Civil Veterinary Department. Central Provinces & Berar 1925-31 - 1925-1931
Year: 1925
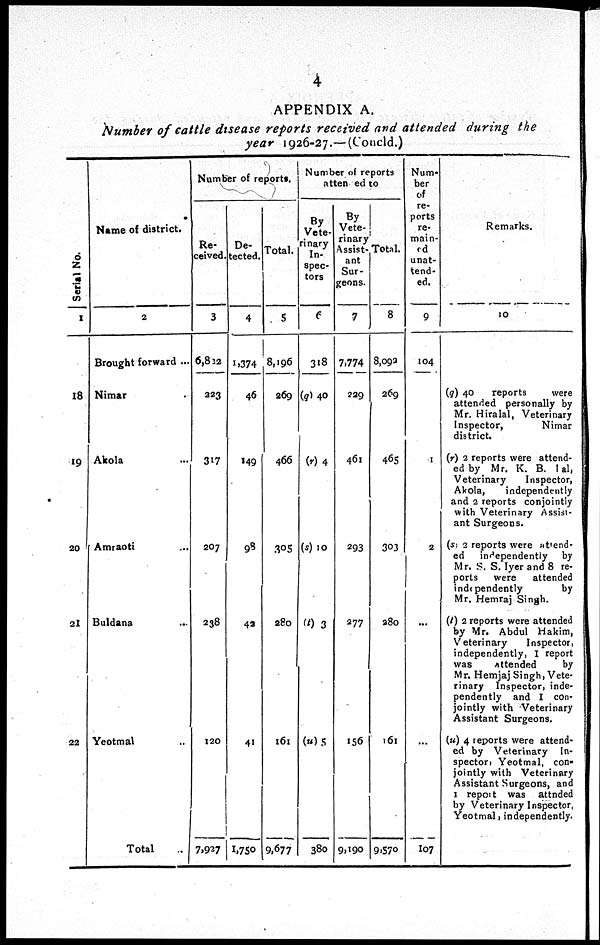
4
APPENDIX A.
Number of cattle disease reports received and attended during the
year 1926-27.—(Concld.)
Ser i al No.
1
18
19
20
21
22
Name of district.
2
Brought forward ...
Nimar
Akola ...
Amraoti ...
Buldana ...
Yeotmal ...
Total ...
Number of reports.
Re-
ceived.
3
6,822
223
317
207
238
120
7,927
De-
tected.
4
1,374
46
149
98
42
41
1,750
Total.
5
8,196
269
466
305
280
161
9,677
Number of reports
attended to
By
Vete-
rinary
In-
spec-
tors
6
318
(q) 40
(r) 4
(s) 10
(t) 3
(u) 5
380
By
Vete-
rinary
Assist-
ant
Sur-
geons.
7
7,774
229
461
293
277
156
9,190
Total.
8
8,092
269
465
303
280
161
9,570
Num-
ber
of
re-
ports
re-
main-
ed
unat-
tend-
ed.
9
104
1
2
...
...
107
Remarks.
10
(q) 40
reports
were
attended personally by
Mr. Hiralal, Veterinary
Inspector,
Nimar
district.
(r) 2 reports were attend-
ed by Mr. K. B. Lal,
Veterinary
Inspector,
Akola,
independently
and 2 reports conjointly
with Veterinary Assist-
ant Surgeons.
(s) 2 reports were attend-
ed independently by
Mr. S. S. Iyer and 8 re-
ports
were
attended
independently
by
Mr. Hemraj Singh.
(t) 2 reports were attended
by Mr. Abdul Hakim,
Veterinary
Inspector,
independently, I report
was
Attended
by
Mr. Hemjaj Singh, Vete-
rinary Inspector, inde-
pendently and I con-
jointly with Veterinary
Assistant Surgeons.
(u) 4 reports were attend-
ed by Veterinary In-
spector, Yeotmal, con-
jointly with Veterinary
Assistant Surgeons, and
1 report was attended
by Veterinary Inspector,
Yeotmal, independently.